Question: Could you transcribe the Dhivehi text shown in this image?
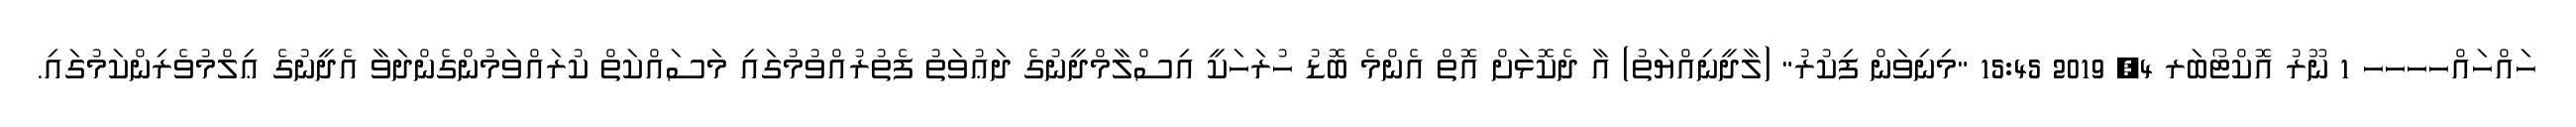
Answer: ހައްހައްހހހހ 1 ނޫރު އޮކްޓޯބަރ 4, 2019 15:45 "މިނިވަން ފިކުރު" (ލާދީނިއްޔަތު) އާ ދެކޮޅަށް އޮތް އެންމެ ބޮޑު ހުރަހަކީ އިސްލާމްދީނުގެ ދަޢުވަތު ފެތުރުއްވުމުގައި މަސައްކަތް ކުރައްވަމުންގެންދަވާ އެދީނުގެ ޢިލްމުވެރިންކަމުގައި.